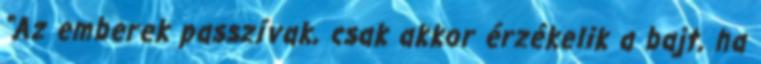
“Az emberek passzívak, csak akkor érzékelik a bajt, ha